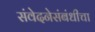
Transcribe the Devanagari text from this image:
संवेदनेसंबंधीचा